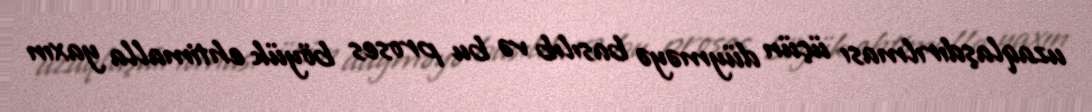
uzaqlaşdırılması üçün düyməyə basılıb və bu proses böyük ehtimalla yaxın